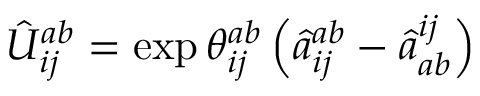
\hat { U } _ { i j } ^ { a b } = \exp { \theta _ { i j } ^ { a b } \left( \hat { a } _ { i j } ^ { a b } - \hat { a } _ { a b } ^ { i j } \right) }